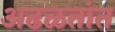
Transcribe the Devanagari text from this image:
अढळतांत